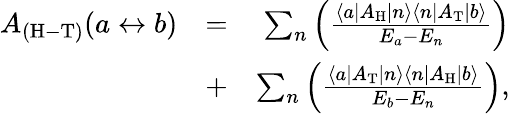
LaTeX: \begin{array}{rlr}{A_{\mathrm{(H-T)}}(a\leftrightarrow b)}&{=}&{\sum_{n}\left(\frac{\left\langle a\left|A_{\mathrm{H}}\right|{n}\right\rangle\left\langle{n}\left|A_{\mathrm{T}}\right|b\right\rangle}{E_{a}-E_{n}}\right)}\\ &{+}&{\sum_{n}\left(\frac{\left\langle a\left|A_{\mathrm{T}}\right|{n}\right\rangle\left\langle{n}\left|A_{\mathrm{H}}\right|b\right\rangle}{E_{b}-E_{n}}\right),}\end{array}